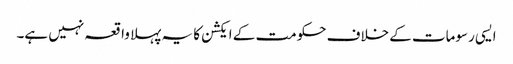
ایسی رسومات کے خلاف حکومت کے ایکشن کا یہ پہلا واقعہ نہیں ہے۔